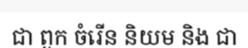
ជា ពួក ចំរើន និយម និង ជា